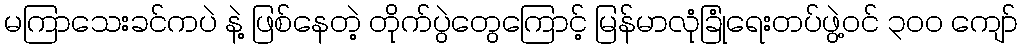
မကြာသေးခင်ကပဲ နဲ့ ဖြစ်နေတဲ့ တိုက်ပွဲတွေကြောင့် မြန်မာလုံခြုံရေးတပ်ဖွဲ့ဝင် ၃၀၀ ကျော်